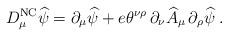
LaTeX: \begin{align*}D^{\mbox{\scriptsize NC}}_\mu \widehat \psi = \partial_\mu \widehat \psi + e \theta^{\nu\rho} \, \partial_\nu\widehat A_\mu \, \partial_\rho \widehat \psi\; .\end{align*}